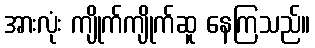
အားလုံး ကျိုက်ကျိုက်ဆူ နေကြသည်။